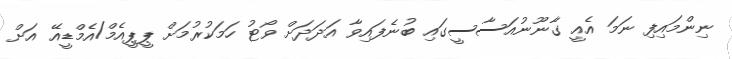
ނިންމައިފި ނަމަ އެއީ ގާނޫނުއަސާސީގައި ބުނެފައިވާ އަދަދަށް ވޯޓު ހަމަކުރުމަށް ޕީޕީއެމް/އެމްޑީއޭ އަށް